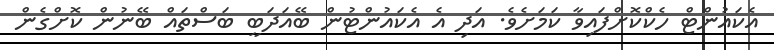
އެކައުންޓް ހެކްކޮށްފައިވާ ކަމަށެވެ. އަދި އެ އެކައުންޓުން ބޭއަދަބީ ބަސްތައް ބޭނުން ކޮށްގެން